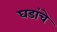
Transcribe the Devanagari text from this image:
घडांचे